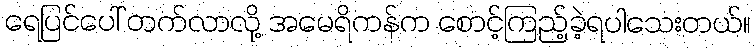
ရေပြင်ပေါ် တက်လာလို့ အမေရိကန်က စောင့်ကြည့်ခဲ့ရပါသေးတယ်။